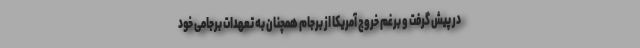
در پیش گرفت و برغم خروج آمریکا از برجام همچنان به تعهدات برجامی خود